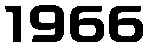
1966